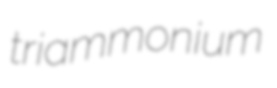
triammonium